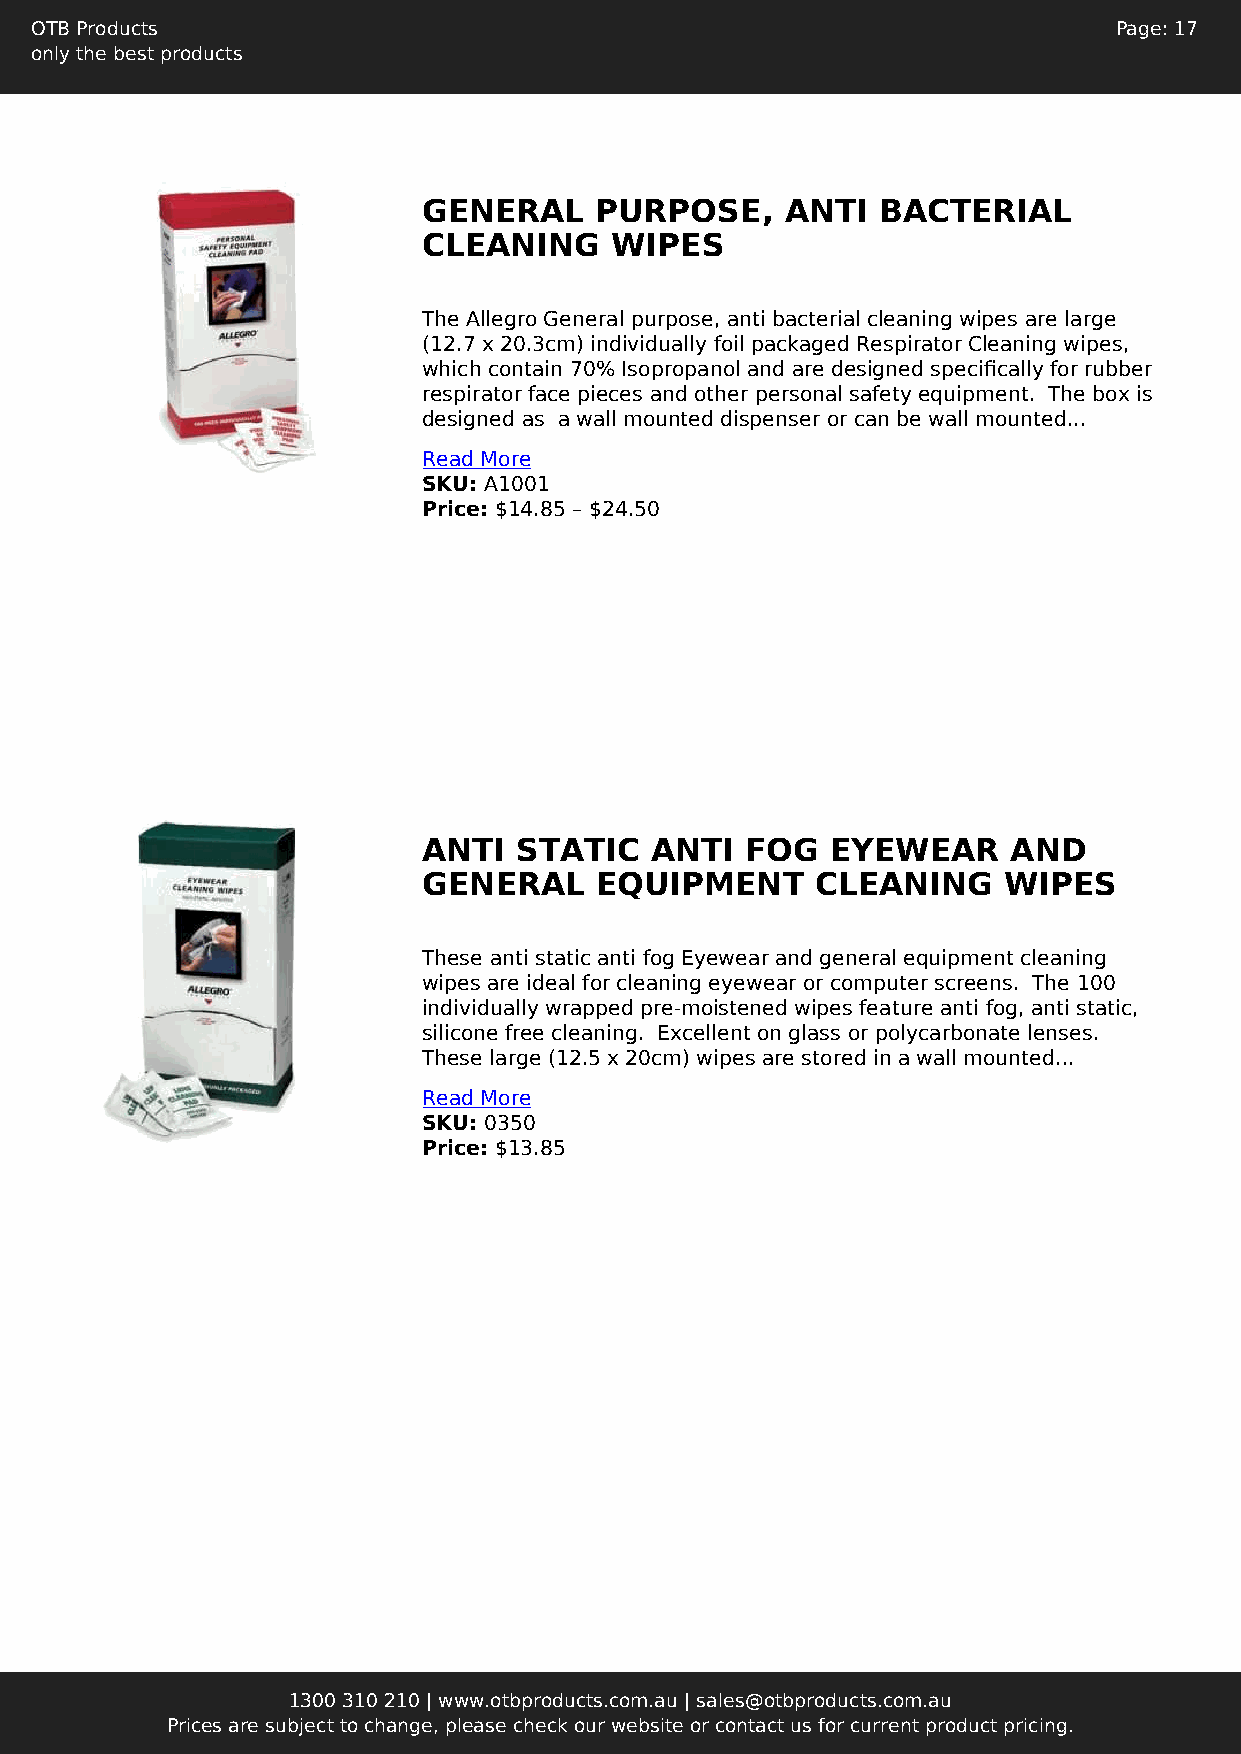
OTB Products                                                            Page: 17
 only the best products
 GENERAL    PURPOSE,     ANTI  BACTERIAL
 CLEANING    WIPES
 The Allegro General purpose, anti bacterial cleaning wipes are large
 (12.7 x 20.3cm) individually foil packaged Respirator Cleaning wipes,
 which contain 70% Isopropanol and are designed specifically for rubber
 respirator face pieces and other personal safety equipment. The box is
 designed as a wall mounted dispenser or can be wall mounted...
 Read More
 SKU: A1001
 Price: $14.85 – $24.50
 ANTI  STATIC   ANTI  FOG   EYEWEAR     AND
 GENERAL    EQUIPMENT      CLEANING    WIPES
 These anti static anti fog Eyewear and general equipment cleaning
 wipes are ideal for cleaning eyewear or computer screens. The 100
 individually wrapped pre-moistened wipes feature anti fog, anti static,
 silicone free cleaning. Excellent on glass or polycarbonate lenses.
 These large (12.5 x 20cm) wipes are stored in a wall mounted...
 Read More
 SKU: 0350
 Price: $13.85
 1300 310 210 | www.otbproducts.com.au | sales@otbproducts.com.au
 Prices are subject to change, please check our website or contact us for current product pricing.